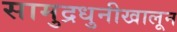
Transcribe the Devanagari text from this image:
सामुद्रधुनीखालून